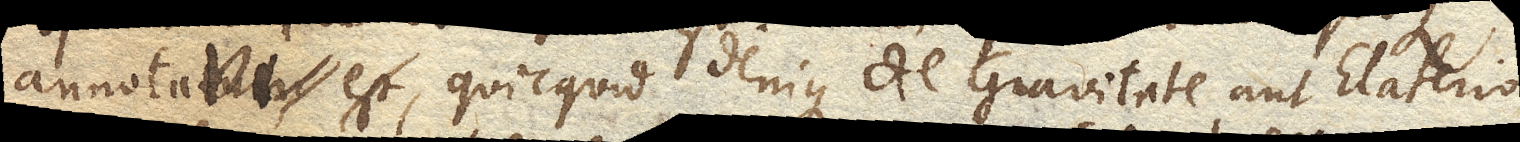
annotavi, quicquid denique de Gravitate aut Elaterio